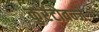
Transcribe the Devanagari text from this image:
कुरेंटोवन्जे